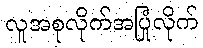
လူအစုလိုက်အပြုံလိုက်